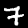
Label: 7